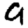
Digit: 9